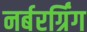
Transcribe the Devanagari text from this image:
नर्बरर्ग्रिंग